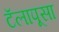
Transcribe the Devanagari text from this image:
टॅलापूसा